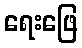
ရေးဖြေ